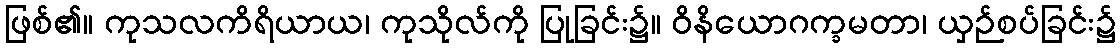
ဖြစ်၏။ ကုသလကိရိယာယ၊ ကုသိုလ်ကို ပြုခြင်း၌။ ဝိနိယောဂက္ခမတာ၊ ယှဉ်စပ်ခြင်း၌